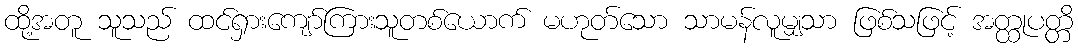
ထို့အတူ သူသည် ထင်ရှားကျော်ကြားသူတစ်ယောက် မဟုတ်သော သာမန်လူမျှသာ ဖြစ်သဖြင့် အတ္ထုပတ္တိ